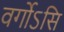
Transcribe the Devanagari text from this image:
वर्गोऽसि